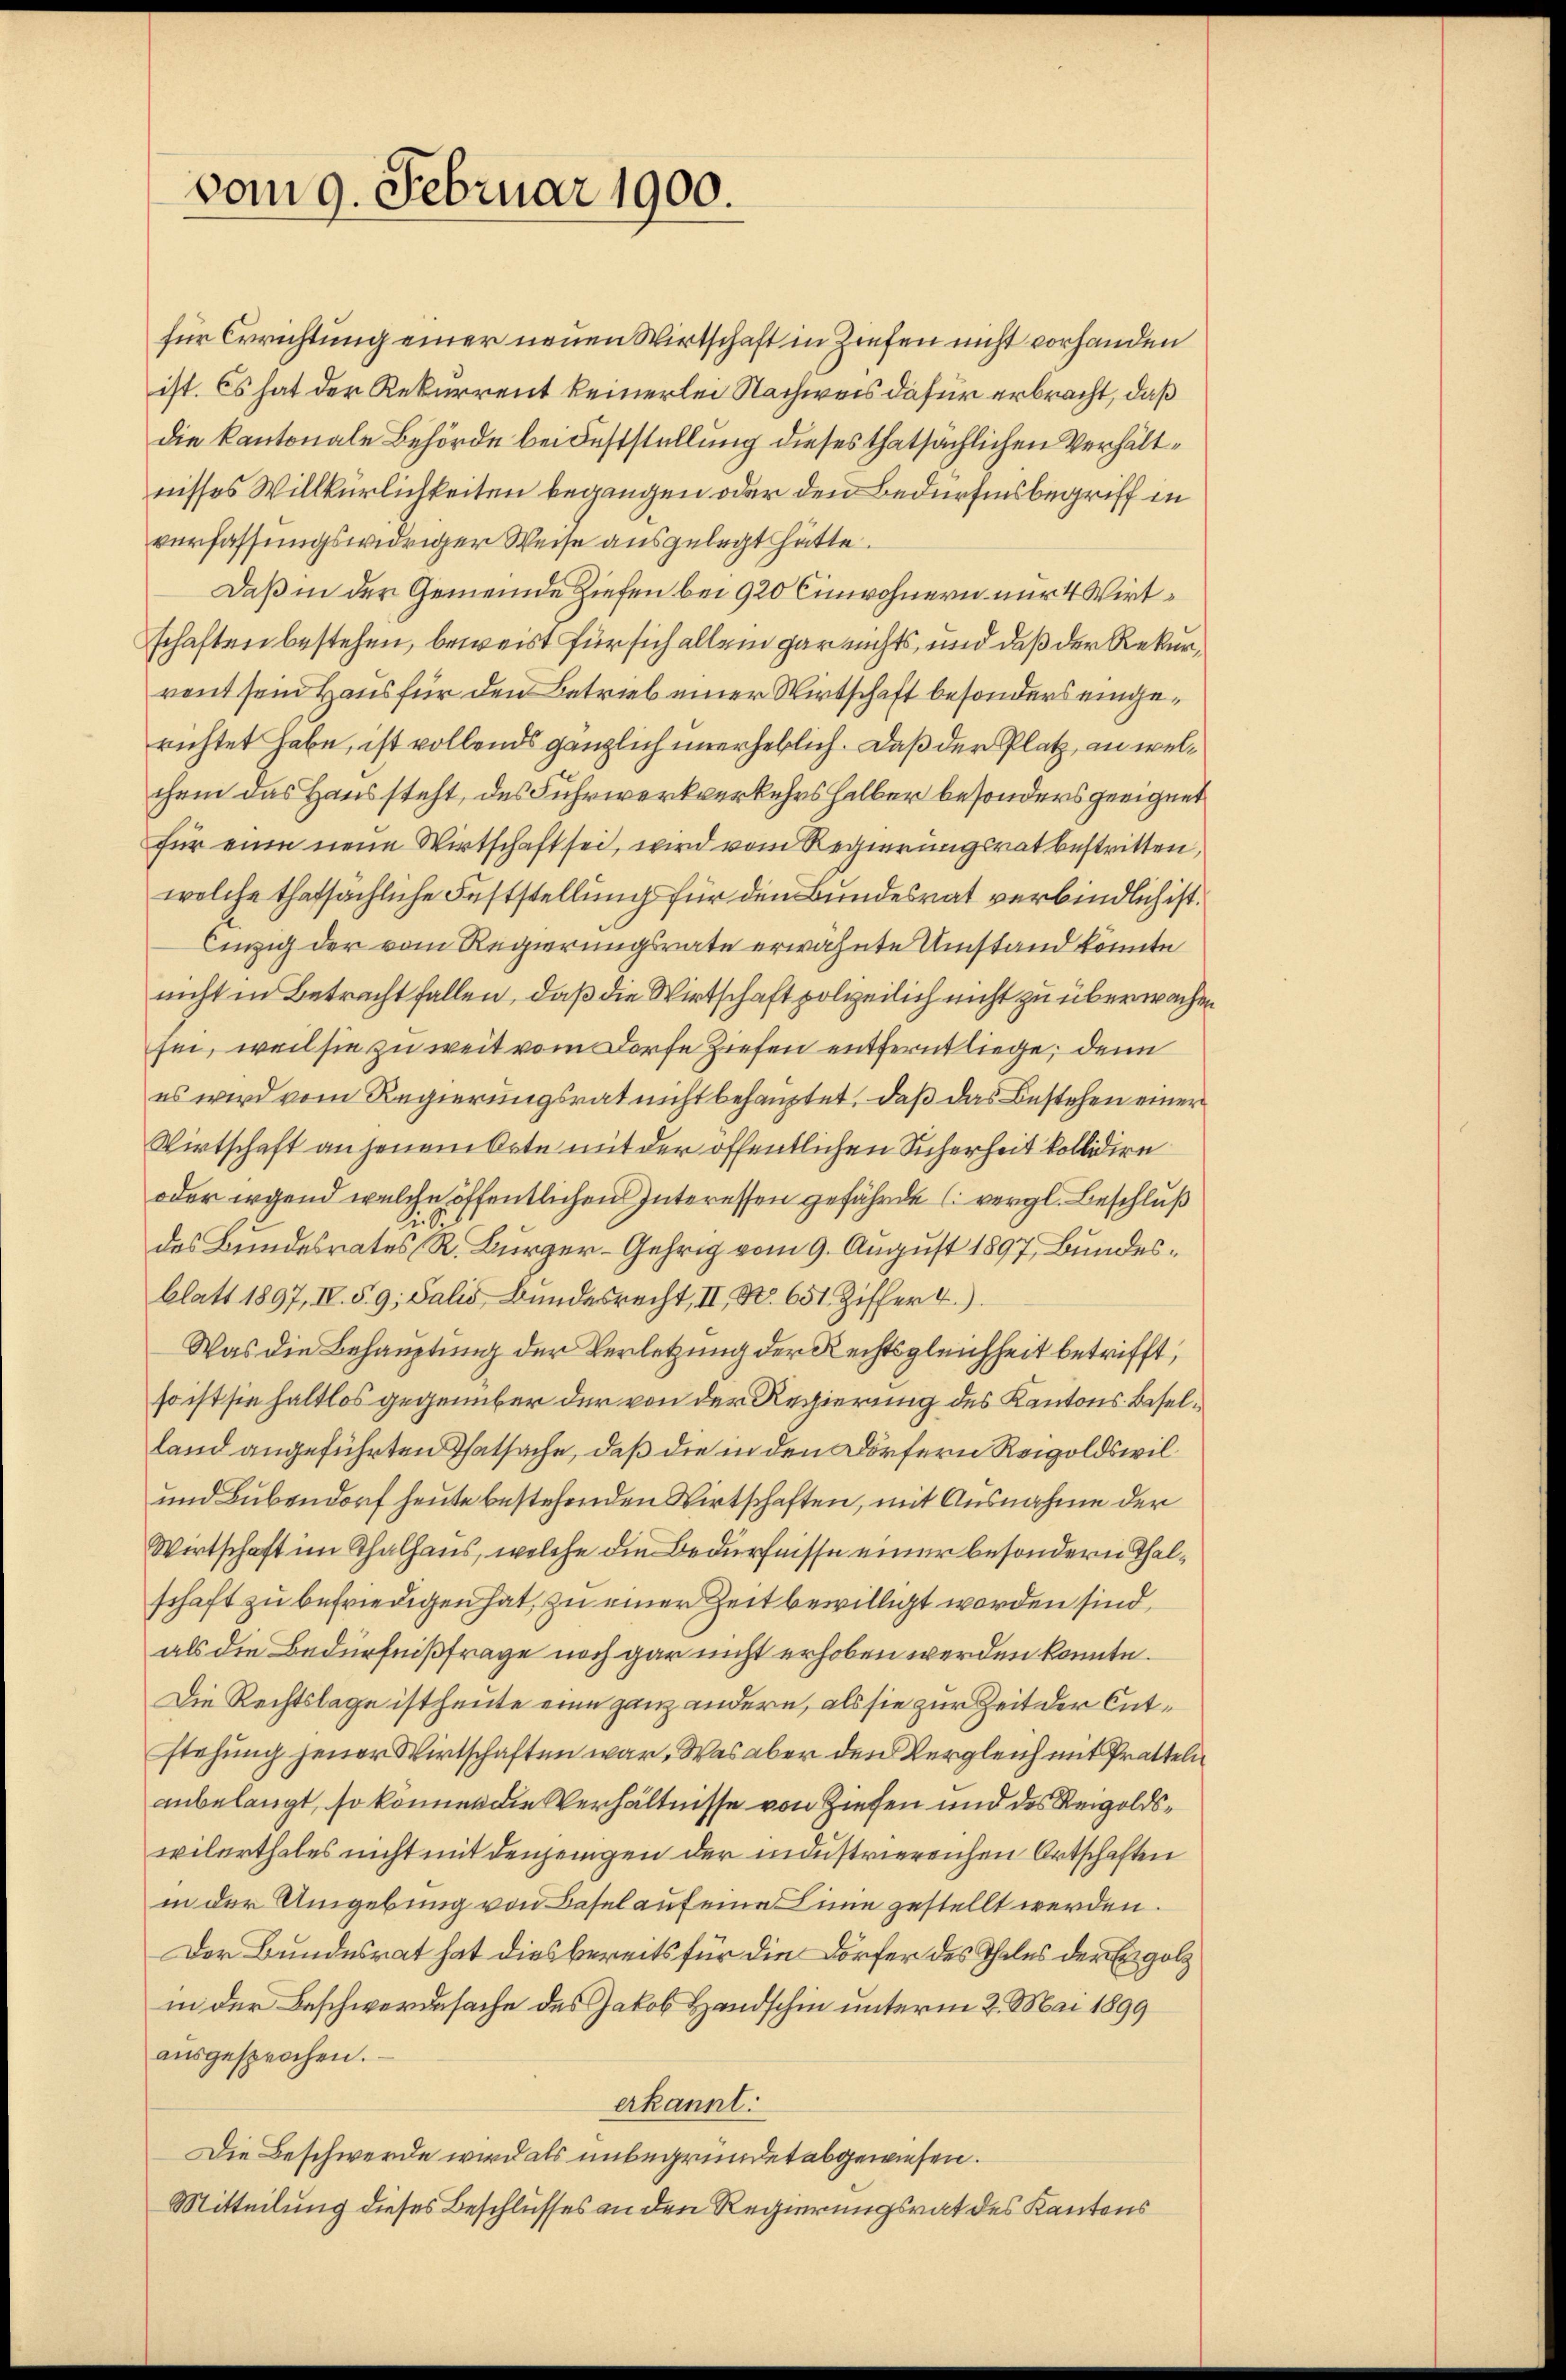
vom 9. Februar 1900.

für Errichtung einer neuen Wirtschaft in Ziehen nicht vorhanden
ist. Es hat der Rekurrent keinerlei Nachweis dafür erbracht, daß
die kantonale Behörde bei Feststellung dieses thatsächlichen Verhältnisses Willkürlichkeiten begangen oder den Bedürfensbegriff in
verfassungswidriger Weise ausgelegt hätte.
Daß in der Gemeinde Ziehen bei 920 Einwohnern nur 4 Wirtschaften bestehen, beweist für sich allein gar nichts, und daß der Rekurrent sein Haus für den Betrieb einer Wirtschaft besonders eingerichtet habe, ist vollends gänzlich unerheblich. Daß der Platz, an welchem das Haussteht, des Fuhrwerkverkehrs halber besonders geeignet
für eine neue Wirtschaft sei, wird vom Regierungsrat bestritten,
welche thatsächliche Feststellung für den Bundesrat verbindlich ist.
Einzig der vom Regierungsrate erwähnte Umstand könnte
nicht in Betracht fallen, daß die Wirtschaft polizeilich nicht zu überwache
sei, weil sie zu weit vom Dorfe Ziehen entfernt liege; denn
es wird vom Regierungsrat nicht behauptet, daß das Bestehen einer
Wirtschaft an jenem Orte mit der öffentlichen Sicherheit kollidire
oder irgend welche öffentlichen Interessen gefährde (vergl. Beschluß
i
des Bundesrates R. Bürger-Gehrig vom 9. August 1897, Bundesblatt 1897, IV. S. 9, Salis Bundesrecht, II, No. 651 Ziffer 4.)
Was die Behauptung der Verletzung der Rechtsgleichheit betrifft,
so ist sie haltlos gegenüber der von der Regierung des Kantons Beselland angeführten Thatsache, daß die in den Dörfern Reigoldswil¬
und Bubendorf heute bestehenden Wirtschaften, mit Ausnahme der
Wirtschaft im Thalhaus, welche die Bedürfnisse einer besondern Thalschaft zu befriedigen hat, zu einer Zeit bewilligt worden sind,
als die Bedürfnißfrage noch gar nicht erhoben werden könnte.
Die Rechtslage ist heute eine ganz andern, als sie zur Zeit der Entstehung jener Wirtschaften war. Was aber den Vergleich mit Pratteln
anbelangt, so können die Verhältnisse von Ziehen und des Reigoldswilerthales nicht mit denjenigen der industriereichen Ortschaften
in der Umgebung von Basel auf eine Linie gestellt werden.
Der Bundesrat hat dies bereits für die Dörfer des Thales der Egolz
in der Beschwerdesache des Jakob Handschin unterm 2. Mai 1899
aŭsgesprochen.
erkannt.
Die Beschwerde wird als unbegründet abgewiesen.
Mitteilung dieses Beschlusses an den Regierungsrat des Kantons